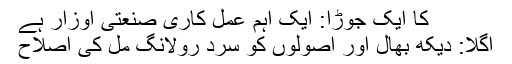
کا ایک جوڑا: ایک اہم عمل کاری صنعتی اوزار ہے
اگلا: دیکھ بھال اور اصولوں کو سرد رولانگ مل کی اصلاح